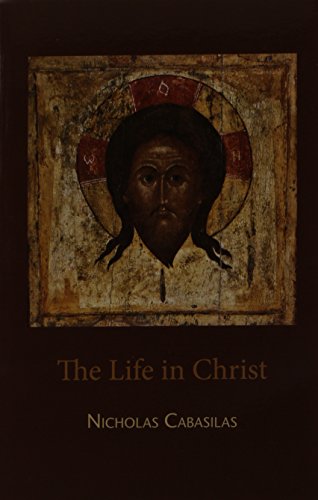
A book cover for The Life in Christ; Nicholas Cabasilas; Christian Books & Bibles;